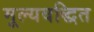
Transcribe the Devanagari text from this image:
मूल्यवद्धित